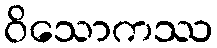
ဝိသောကဿ